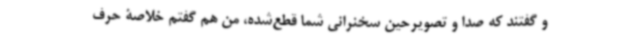
و گفتند که صدا و تصویرحین سخنرانی شما قطع‌شده، من هم گفتم خلاصۀ حرف